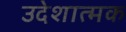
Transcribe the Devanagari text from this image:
उदेशात्मक